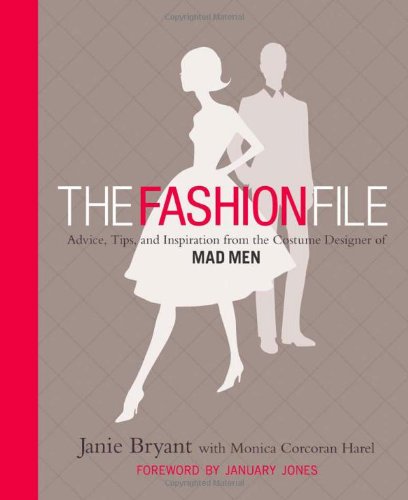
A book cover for The Fashion File: Advice, Tips, and Inspiration from the Costume Designer of Mad Men; Janie Bryant; Arts & Photography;